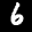
Label: 6